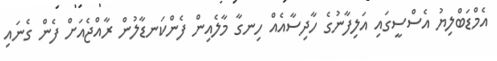
އެމްޑަބްލިޔު އެސްސީގައި އަލިފާނުގެ ހާދިސާއެއް ހިނގާ މާލެއިން ފެންކަނޑާލުން ރާއްޖެއަށް ފެން ގެނައި